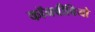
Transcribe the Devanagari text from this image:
कॉनवीवियो